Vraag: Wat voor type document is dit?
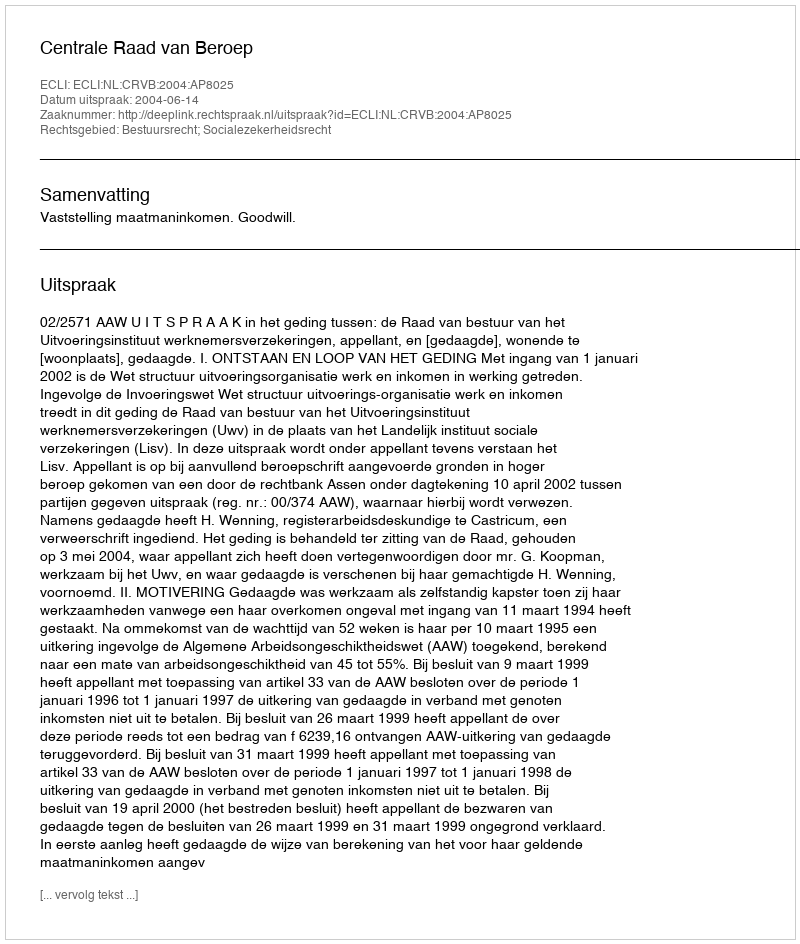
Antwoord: Uitspraak